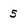
Character: 5